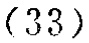
\((33)\)